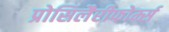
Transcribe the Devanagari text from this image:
प्रोसिलैरीफोर्म्स